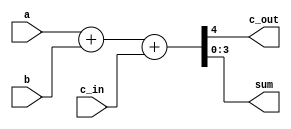
`timescale 1ns / 1ps
//////////////////////////////////////////////////////////////////////////////////
// Company: 
// Engineer: 
// 
// Design Name: 
// Module Name: RCA_Verification
// Project Name: 
// Target Devices: 
// Tool Versions: 
// Description: 
// 
// Dependencies: 
// 
// Revision:
// Revision 0.01 - File Created
// Additional Comments:
// 
//////////////////////////////////////////////////////////////////////////////////


module RCA_Verification(c_out, sum, a, b, c_in);
    
    input [3:0]	 a, b;
    input c_in;
    output  [3:0] sum;
    output c_out;
    
    assign {c_out, sum} = a + b + c_in;
    
endmodule